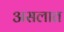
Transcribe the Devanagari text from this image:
असलात